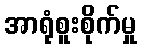
အာရုံစူးစိုက်မှု